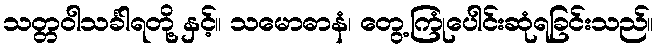
သတ္တဝါသင်္ခါရတို့ နှင့်။ သမောဓာနံ၊ တွေ့ကြုံပေါင်းဆုံရခြင်းသည်။